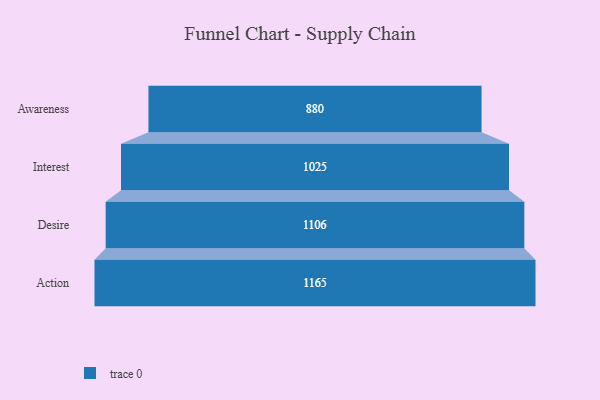
{"axis": {"x": "Stage", "y": "Value"}, "legend": [""], "data": [{"x": "Awareness", "y": 880.0, "type": ""}, {"x": "Interest", "y": 1025.0, "type": ""}, {"x": "Desire", "y": 1106.0, "type": ""}, {"x": "Action", "y": 1165.0, "type": ""}]}